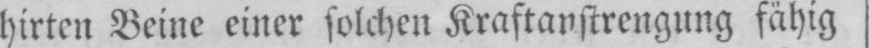
hirten Beine einer solchen Kraftanstrengung fähig